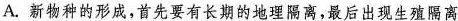
A.新物种的形成，首先要有长期的地理隔离，最后出现生殖隔离